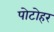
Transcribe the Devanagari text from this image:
पोटोहर